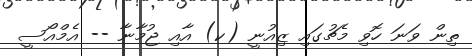
ތިން ވަނަ ހޮވި މެޗުގައި ޒިއުނީ (ކ) އާއި ޖުމާނާ -- އެމްއޯސީ